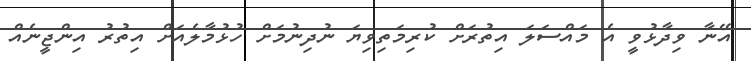
އޭނާ ވިދާޅުވީ އެ މައްސަލަ އިތުރަށް ކުރިމަތިވިޔަ ނުދިނުމަށް ހުޅުމާލެއަށް އިތުރު އިންޖީނެއް